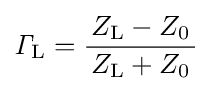
{\mathit {\Gamma }}_{\mathrm {L} }={\frac {\,Z_{\mathrm {L} }-Z_{0}\,}{Z_{\mathrm {L} }+Z_{0}}}